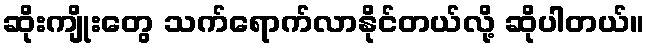
ဆိုးကျိုးတွေ သက်ရောက်လာနိုင်တယ်လို့ ဆိုပါတယ်။